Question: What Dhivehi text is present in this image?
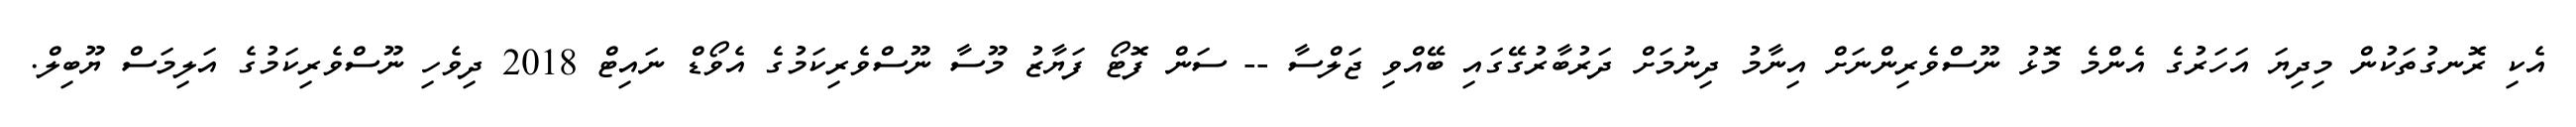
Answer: އެކި ރޮނގުތަކުން މިދިޔަ އަހަރުގެ އެންމެ މޮޅު ނޫސްވެރިންނަށް އިނާމު ދިނުމަށް ދަރުބާރުގޭގައި ބޭއްވި ޖަލްސާ -- ސަން ފޮޓޯ ފަޔާޒު މޫސާ ނޫސްވެރިކަމުގެ އެވޯޑް ނައިޓް 2018 ދިވެހި ނޫސްވެރިކަމުގެ އަލިމަސް ޔޫބިލް.